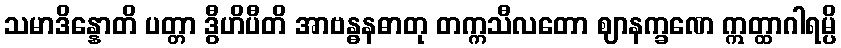
သမာဒိန္နောတိ ပတ္တာ ဒွီဟိပီတိ အာဗန္ဓနဓာတု တက္ကသီလတော ဈာနက္ခဏေ ဣတ္ထာဂါရမ္ပိ